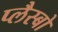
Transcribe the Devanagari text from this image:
प्लैस्बो